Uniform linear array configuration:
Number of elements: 24
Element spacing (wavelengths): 0.25
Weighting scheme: exponential
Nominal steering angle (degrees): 60
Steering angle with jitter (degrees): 61.178
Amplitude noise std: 0.05
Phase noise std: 0.05

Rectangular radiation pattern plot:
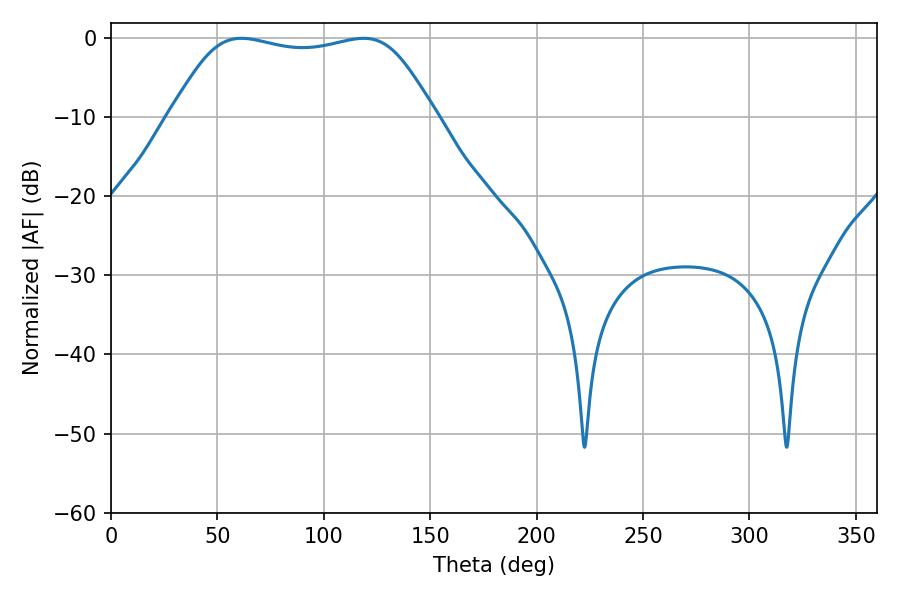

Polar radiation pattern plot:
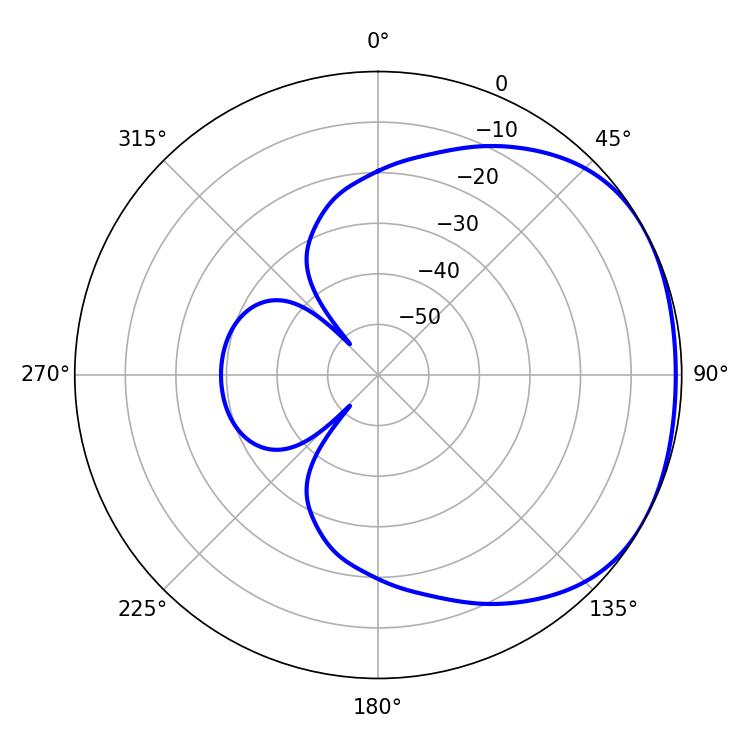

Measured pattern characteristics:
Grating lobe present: FALSE
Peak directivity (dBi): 1.681
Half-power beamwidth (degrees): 95.04
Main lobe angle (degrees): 61.38